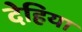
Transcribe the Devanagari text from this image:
देहिया